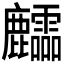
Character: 𪋶